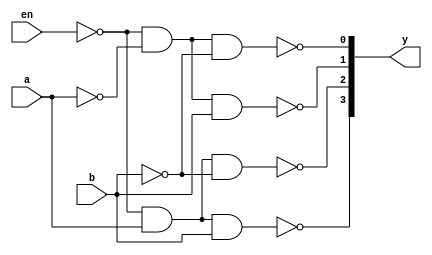
// Code your design here
module decoder24_gate(en,a,b,y);
    input en,a,b;
    output [3:0]y;
    wire enb,na,nb;
    not n0(enb,en);
    not n1(na,a);
    not n2(nb,b);

    nand n3(y[0],enb,na,nb);
    nand n4(y[1],enb,na,b);
    nand n5(y[2],enb,a,nb);
    nand n6(y[3],enb,a,b);

endmodule